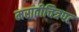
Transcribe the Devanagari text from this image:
मराठीचित्रपट